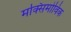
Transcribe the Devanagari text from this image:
मक्सिमोविक